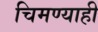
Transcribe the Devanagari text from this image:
चिमण्याही